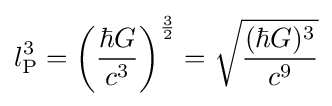
l_{\text{P}}^{3}=\left({\frac {\hbar G}{c^{3}}}\right)^{\frac {3}{2}}={\sqrt {\frac {(\hbar G)^{3}}{c^{9}}}}